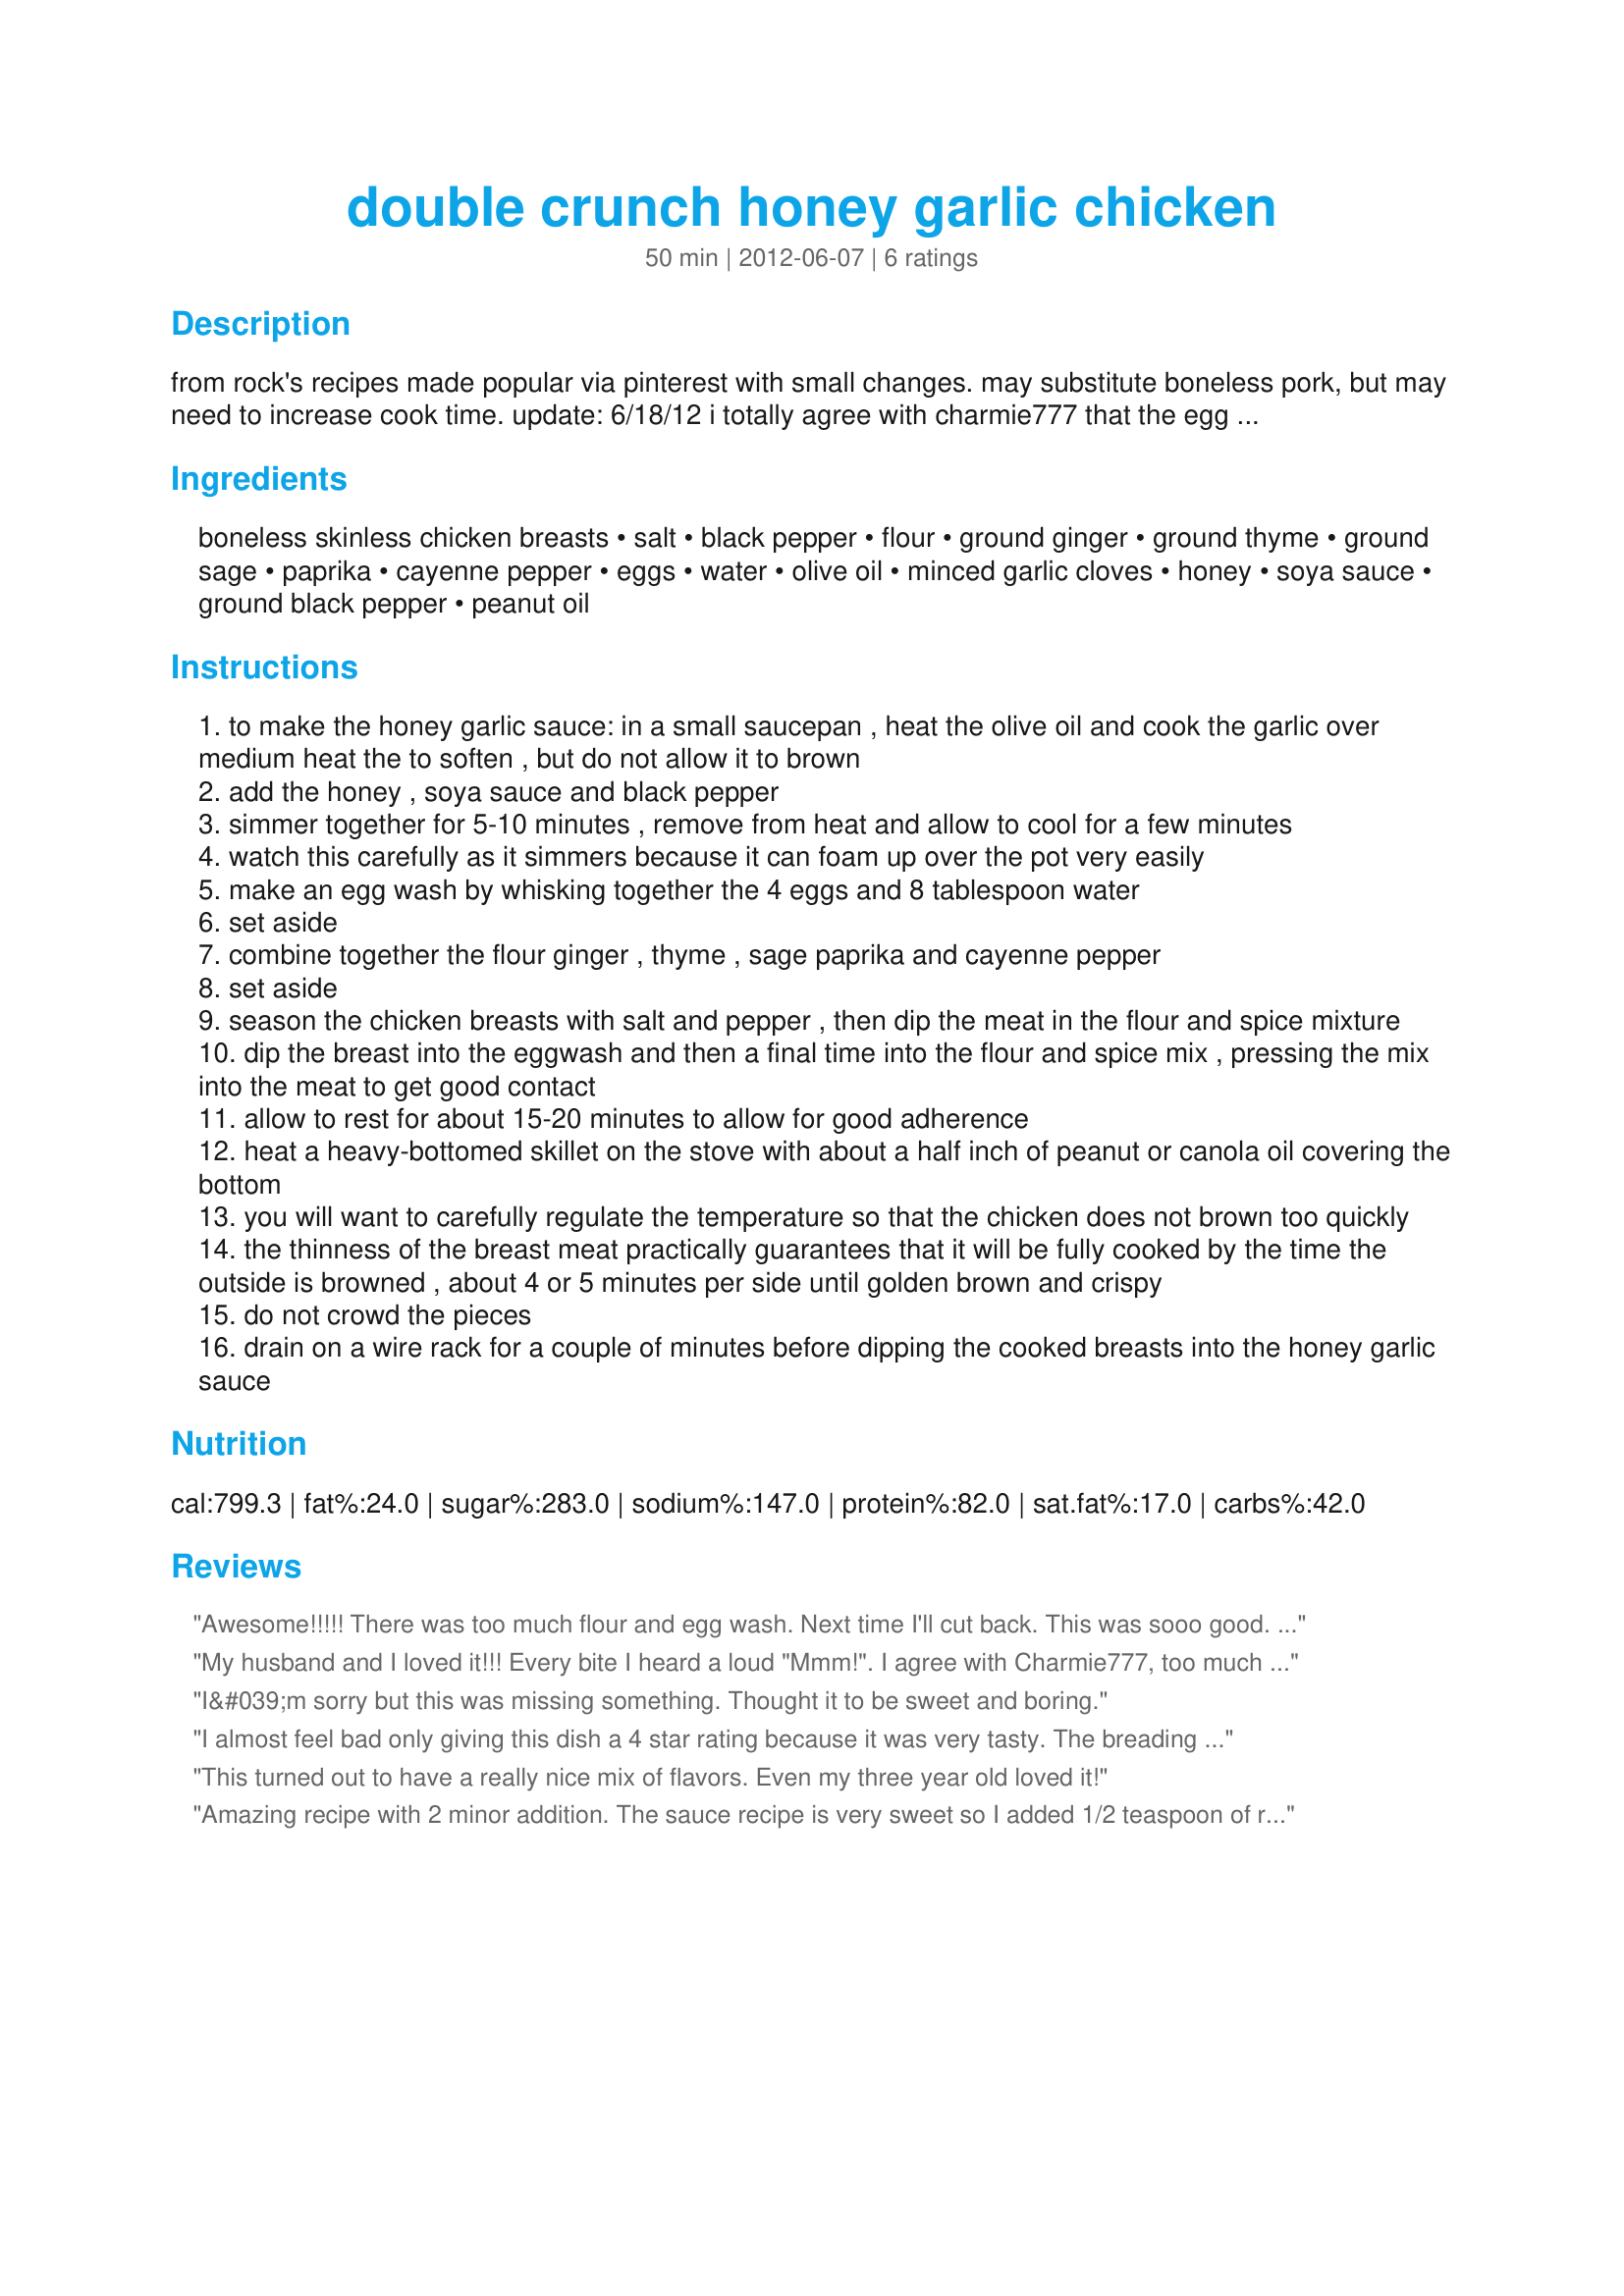
double crunch honey garlic chicken
Preparation time: 50 minutes

from rock's recipes made popular via pinterest with small changes. may substitute boneless pork, but may need to increase cook time. update: 6/18/12 i totally agree with charmie777 that the egg wash and flour ratio to breast is too much. i'd cut that in half.

Ingredients:
boneless skinless chicken breasts, salt, black pepper, flour, ground ginger, ground thyme, ground sage, paprika, cayenne pepper, eggs, water, olive oil, minced garlic cloves, honey, soya sauce, ground black pepper, peanut oil

Steps:
to make the honey garlic sauce: in a small saucepan , heat the olive oil and cook the garlic over medium heat the to soften , but do not allow it to brown
add the honey , soya sauce and black pepper
simmer together for 5-10 minutes , remove from heat and allow to cool for a few minutes
watch this carefully as it simmers because it can foam up over the pot very easily
make an egg wash by whisking together the 4 eggs and 8 tablespoon water
set aside
combine together the flour ginger , thyme , sage paprika and cayenne pepper
set aside
season the chicken breasts with salt and pepper , then dip the meat in the flour and spice mixture
dip the breast into the eggwash and then a final time into the flour and spice mix , pressing the mix into the meat to get good contact
allow to rest for about 15-20 minutes to allow for good adherence
heat a heavy-bottomed skillet on the stove with about a half inch of peanut or canola oil covering the bottom
you will want to carefully regulate the temperature so that the chicken does not brown too quickly
the thinness of the breast meat practically guarantees that it will be fully cooked by the time the outside is browned , about 4 or 5 minutes per side until golden brown and crispy
do not crowd the pieces
drain on a wire rack for a couple of minutes before dipping the cooked breasts into the honey garlic sauce

Reviews:
Awesome!!!!! There was too much flour and egg wash. Next time I'll cut back. This was sooo good. Sweet, crunchy, salty. YUM!
My husband and I loved it!!! Every bite I heard a loud "Mmm!". I agree with Charmie777, too much flour and egg wash.. I too will cut back next time. :-)
I&#039;m sorry but this was missing something. Thought it to be sweet and boring.
I almost feel bad only giving this dish a 4 star rating because it was very tasty. The breading was crunchy and well-seasoned. The honey garlic sauce was also delicious. But, directions said to dip the entire chicken breast in the sauce. Next time I will not dip the chicken breast in the sauce but instead use the sauce as a dipping sauce for individual bites so as not to lose the wonderful crunch the coating creates when cooked. The sauce would also serve as an awesome glaze for some bake or grilled fish.
This turned out to have a really nice mix of flavors. Even my three year old loved it!
Amazing recipe with 2 minor addition. The sauce recipe is very sweet so I added 1/2 teaspoon of red pepper flakes and 1 tablespoons grated fresh ginger. I would say the ginger is optional but the red pepper flakes are a must. I make soft Chinese noodles to go with it. I added the sauce to them and it all tasted amazing.
